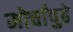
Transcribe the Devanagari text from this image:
मोर्चांपुढे